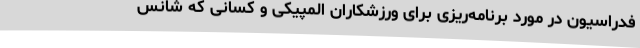
فدراسیون در مورد برنامه‌ریزی برای ورزشکاران المپیکی و کسانی که شانس